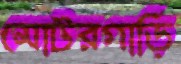
মোটরগাড়ি